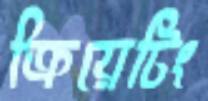
ক্রিয়েটিং